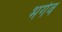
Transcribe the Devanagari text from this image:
भर्गव